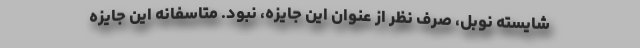
شایسته نوبل، صرف نظر از عنوان این جایزه، نبود. متاسفانه این جایزه